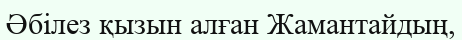
Әбілез қызын алған Жамантайдың,